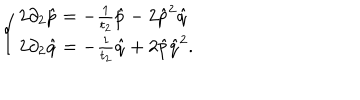
LaTeX: \left\{ \left\{ \begin{cases} { { 2 \partial _ { 2 } \hat { p } = - \frac { 1 } { t _ { 2 } } \hat { p } - 2 \hat { p } ^ { 2 } \hat { q } } } \\ { { 2 \partial _ { 2 } \hat { q } = - \frac { 1 } { t _ { 2 } } \hat { q } + 2 \hat { p } \hat { q } ^ { 2 } . } } \\ \end{cases} \right. \right.